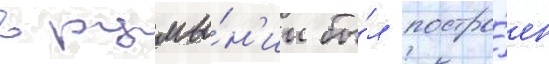
в румы́н'ии бы́л постро́ен